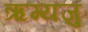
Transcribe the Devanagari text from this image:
ऋग्यजु